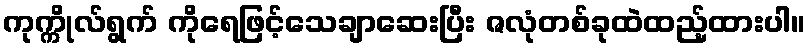
ကုက္ကိုလ်ရွက် ကိုရေဖြင့်သေချာဆေးပြီး ဇလုံတစ်ခုထဲထည့်ထားပါ။